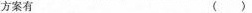
方案有 （ ）